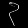
Digit: ၃